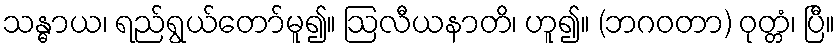
သန္ဓာယ၊ ရည်ရွယ်တော်မူ၍။ ဩလီယနာတိ၊ ဟူ၍။ (ဘဂဝတာ) ဝုတ္တံ၊ ပြီ။